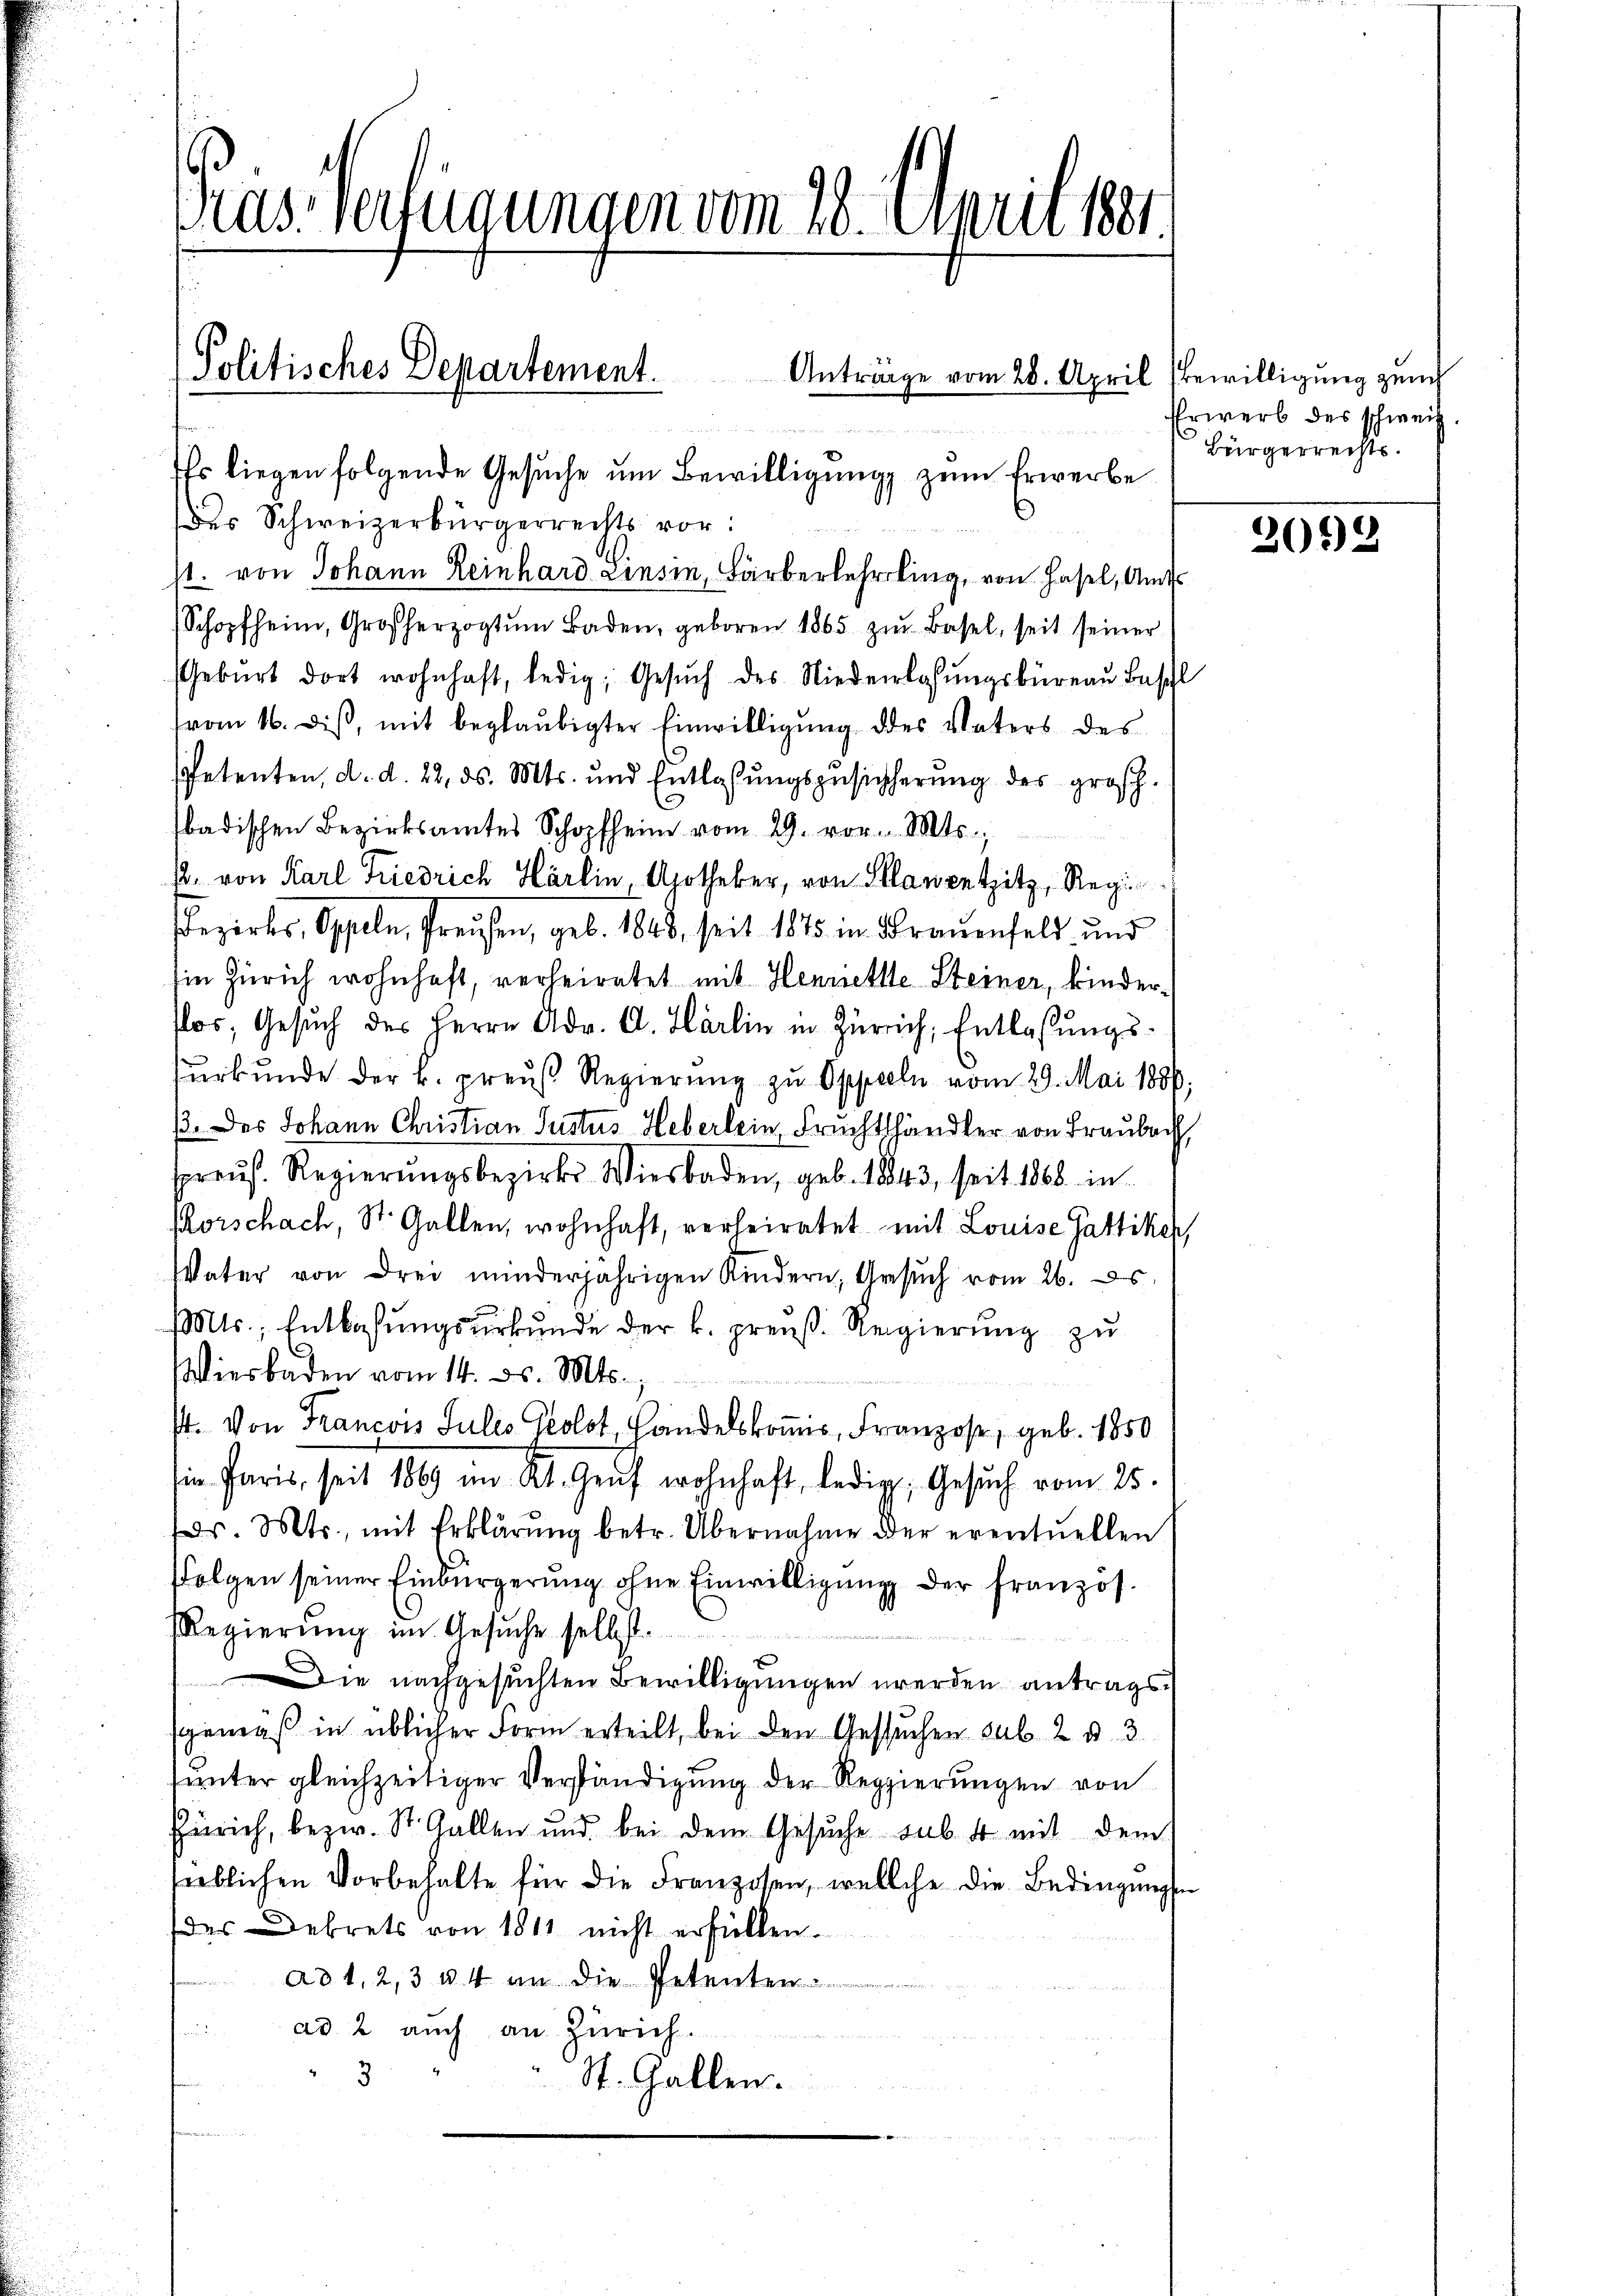
Prast verfügungen vom 20. April 1881

Politisches Departement.
Ihr liegen folgende Gesŭche ŭm Bewilligŭng zum Erwerbe

Antrage vom 28. April

des Schweizerbürgerrechts vor:
st. von Johann Reinhard Einsin, Färberlehrling, von Hasel, Amts
Schopfheim, Großherzogtŭm Baden, geboren 1865 zŭr Basel, seit seiner
Geburt dort wohnhaft, ledig, Gesŭch des Niederlassŭngsbüreau Beschl
vom 16. diβ, mit beglaubigter Einwilligung des Vaters des
spetenten, d. d. 22. ds. Mts. und Entlassŭngszusicherŭng des gros-
badischen Bezirksamtes Schopfheim vom 29. vor. Mts.,
s. von Karl Friedrich Härlin Apotheker, von Planentzitz, Regi
Bezirks, Oppeln, Preusen, geb. 1848, seit 1875 in Brauenfeld und
in Zürich wohnhaft, verheiratet mit Hennette Steiner, kindertlos, Gesŭch des Herrn Adv. A. Härlin in Zürich, Entlassŭngs-
ŭrkŭnde der k. preŭβ Regierŭng zŭ Oppeln vom 29. Mai 1886,
. des Johann Christian Justus Heberlein Früchtlhändler von Fraube,
raŭf. Regierŭngsbezirks Wiesbaden, geb. 1843, seit 1888 in
Rorschach, St. Gallen, wohnhaft, verheiratet mit Louise Gattiker
VVater von drei minderjährigen Kindern, Gesŭch vom 26. s.
Mts., Entlaßungsurkunde der k. preuß. Regierŭng zu
Wiesbaden vom 14. ds. Mts.,
st. Von Francois Julis Geolot, Handelskoṁis, Franzose, geb. 1850
Ein Paris, seit 1869 im Kt. Genf wohnhaft, ledig, Gesuch vom 25.
fr. Mts., mit Erklärŭng betr. Übernahme der eventuellen
ffolgen seiner Einbürgerung ohne Einwilligung der Franzos.
Regierung im Gesŭche selbst.
ie nachgesuchten Bewilligungen werden antragssgemäß in üblicher Form erteilt, bei den Gesuchen sub. 2 d. 3.
unter gleichzeitiger Verständigung der Regierungen von
Zürich, bezw. St. Gallen und bei dem Gesuche sub 4 mit dem
lieblichen Vorbehalte für die Franzosen, welche die Bedingungsn
des Dekrets von 1811 nicht erfüllen.
ad 1, 2, 3 u. 4 an die Petenten
e
ad 2 auch an Zürich.
3
St. Gallen.

Bewilligung zeich
Erwerb des schweiz.
Bürgerrechts.

2042